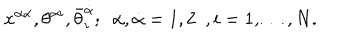
x ^ { \alpha \dot { \alpha } } , \theta ^ { \alpha i } , \bar { \theta } _ { i } ^ { \dot { \alpha } } ; \ \ \alpha , \dot { \alpha } = 1 , 2 \ \ , i = 1 , \dots , N .